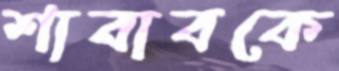
শাবাবকে